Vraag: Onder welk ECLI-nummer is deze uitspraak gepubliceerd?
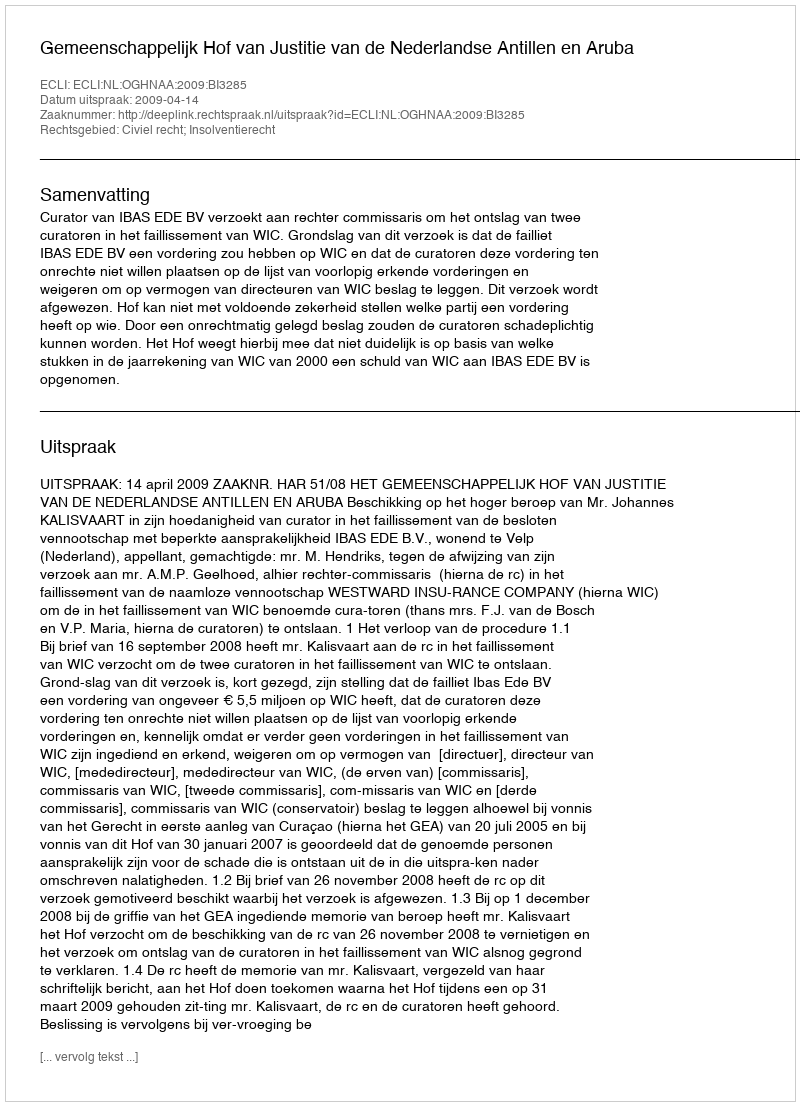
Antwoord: ECLI:NL:OGHNAA:2009:BI3285